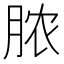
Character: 脓